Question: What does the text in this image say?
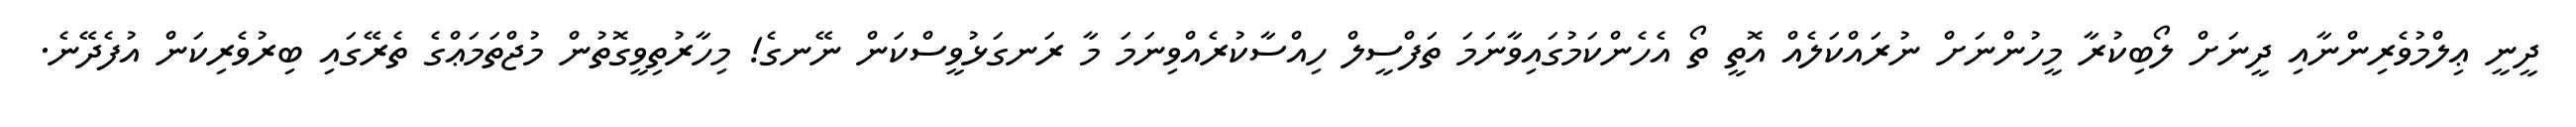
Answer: ދީނީ ޢިލްމުވެރިންނާއި ދީނަށް ލޯބިކުރާ މީހުންނަށް ނުރައްކަލެއް އޮތީ ތޯ އެހެންކަމުގައިވާނަމަ ތަފްސީލް ހިއްސާކުރެއްވިނަމަ މާ ރަނގަޅުވީސްކަން ނޭނގެ! މިހާރުތިވީގޮތުން މުޖްތަމަޢްގެ ތެރޭގައި ބިރުވެރިކަން އުފެދޭނެ.